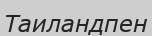
Таиландпен